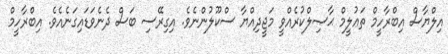
އިލްޔާސް އިބްރާހީމް ތަޢުލީމް ޙާޞިލްކުރެއްވީ މަޖީދިއްޔާ ސްކޫލުންނެވެ. އިގިރޭސި ބަސް ދެނެވަޑައިގަނެއެވެ. އިބްރާހީމް